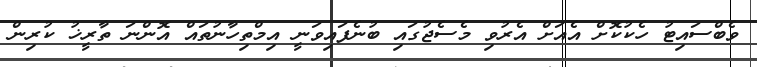
ވެބްސައިޓު ހެކުކޮށް އެއަށް އެރުވި މެސެޖުގައި ބުނެފައިވަނީ އިމްތިހާނުތައް އޮންނަ ތާރީޚު ކުރިން